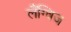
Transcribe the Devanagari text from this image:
लैंग्विज